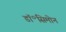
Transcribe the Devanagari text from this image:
डॉ॰सिमोन